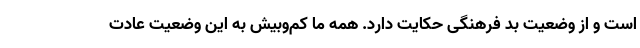
است و از وضعیت بد فرهنگی حکایت دارد. همه ما کم‌وبیش به این وضعیت عادت